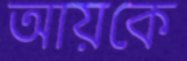
আয়কে